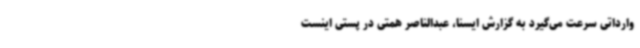
وارداتی سرعت می‌گیرد به گزارش ایسنا، عبدالناصر همتی در پستی اینست